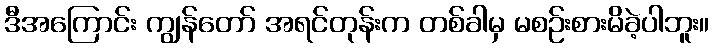
ဒီအကြောင်း ကျွန်တော် အရင်တုန်းက တစ်ခါမှ မစဉ်းစားမိခဲ့ပါဘူး။